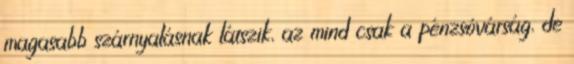
magasabb szárnyalásnak látszik, az mind csak a pénzsóvárság, de